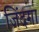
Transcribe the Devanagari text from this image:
जिंदगा